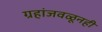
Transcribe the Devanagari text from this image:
ग्रहांजवळूनही